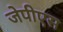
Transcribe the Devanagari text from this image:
जेपीएस